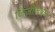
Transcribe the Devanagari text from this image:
जिंजीजवळ